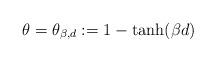
LaTeX: \begin{align*} \theta = \theta_{\beta,d} := 1 - \tanh(\beta d)\end{align*}